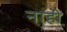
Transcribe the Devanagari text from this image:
नाही़